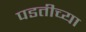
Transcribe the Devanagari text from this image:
पडतीच्या